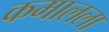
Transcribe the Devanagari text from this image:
कमालला